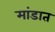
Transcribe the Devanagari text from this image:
मांडात